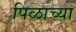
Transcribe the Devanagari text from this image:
पिळाच्या